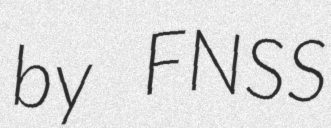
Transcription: by FNSS